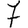
Digit: 7